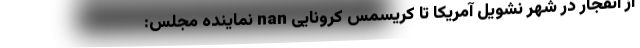
از انفجار در شهر نشویل آمریکا تا کریسمس کرونایی nan نماینده مجلس: